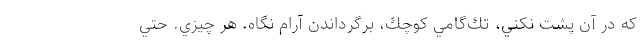
كه در آن پشت نكني، تك‌گامي كوچك، برگرداندن آرام نگاه. هر چيزي. حتي